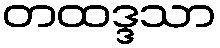
တထဒ္ဒသာ